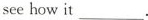
seehow it__.